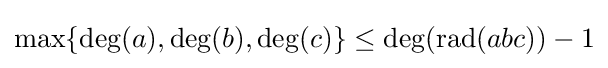
\max\{\deg(a),\deg(b),\deg(c)\}\leq \deg(\operatorname {rad} (abc))-1